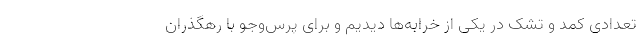
تعدادی کمد و تشک در یکی از خرابه‌ها دیدیم و برای پرس‌وجو با رهگذران